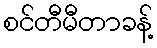
စင်တီမီတာခန့်